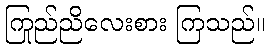
ကြည်ညိုလေးစား ကြသည်။